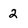
Character: 2